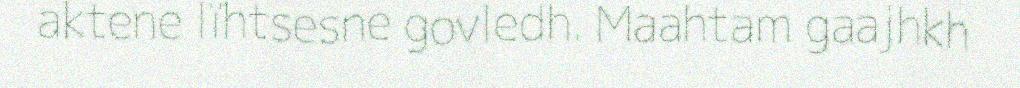
aktene lïhtsesne govledh. Maahtam gaajhkh